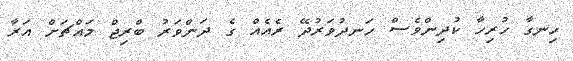
ހިނގާ ހުރިހާ ކުދިންވެސް ހަނދުވަރުދޭ ރެއެއް ގެ ދަންވަރު ބްރިޖް މައްޗަށް އަރާ